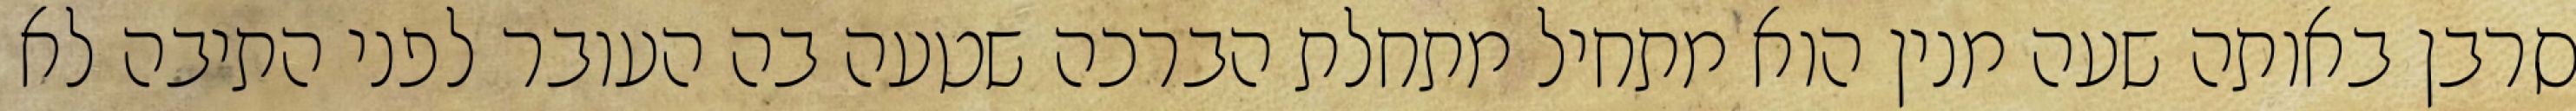
סרבן באותה שעה מנין הוא מתחיל מתחלת הברכה שטעה בה העובר לפני התיבה לא